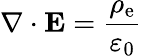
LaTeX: \nabla\cdot\mathbf{E}={\frac{\rho_{\mathrm{e}}}{\varepsilon_{0}}}